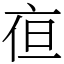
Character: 亱